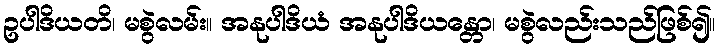
ဥပါဒိယတိ၊ မစွဲလမ်း။ အနုပါဒိယံ အနုပါဒိယန္တော၊ မစွဲလည်းသည်ဖြစ်၍။